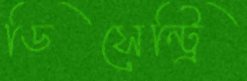
ডিসেন্ট্রি